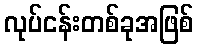
လုပ်ငန်းတစ်ခုအဖြစ်